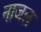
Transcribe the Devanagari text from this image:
नाजल